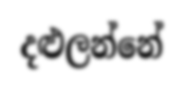
දළුලන්නේ